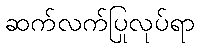
ဆက်လက်ပြုလုပ်ရာ